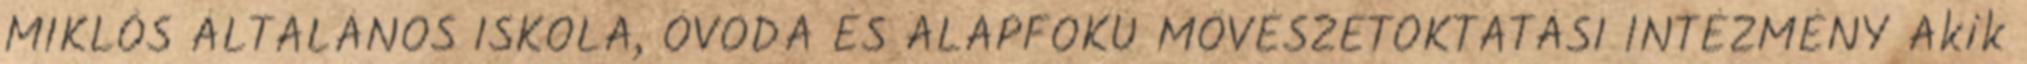
MIKLÓS ÁLTALÁNOS ISKOLA, ÓVODA ÉS ALAPFOKÚ MŐVÉSZETOKTATÁSI INTÉZMÉNY Akik